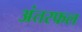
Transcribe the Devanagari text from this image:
अंतरफल